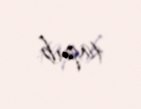
tapıb.